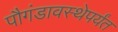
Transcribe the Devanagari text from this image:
पौगंडावस्थेपर्यंत